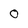
Character: 0